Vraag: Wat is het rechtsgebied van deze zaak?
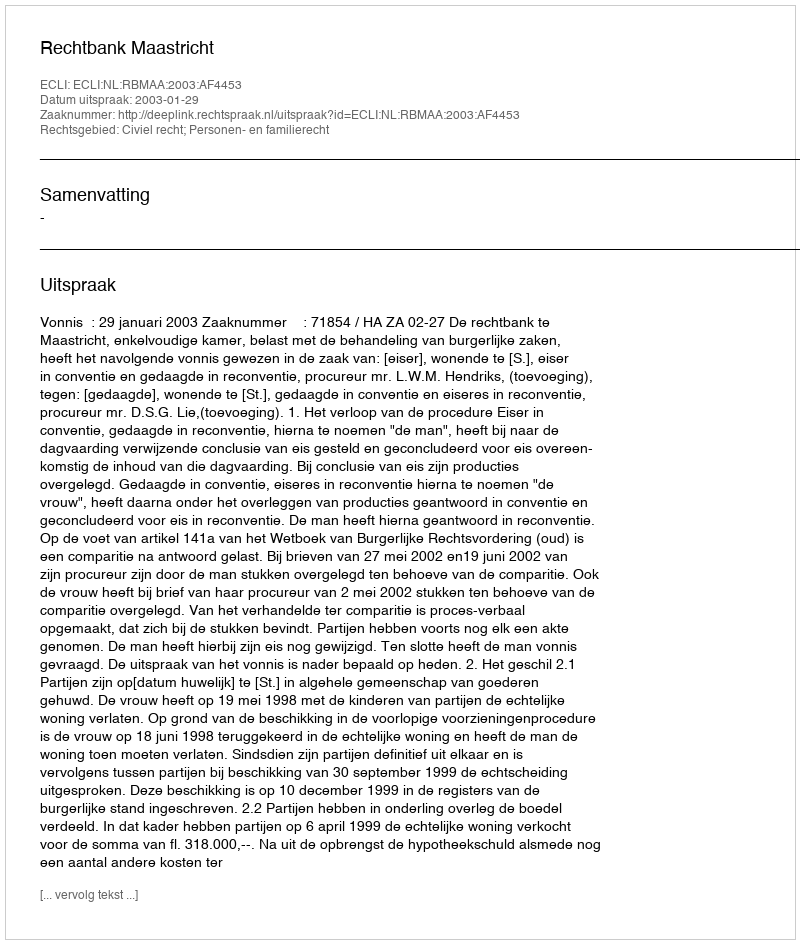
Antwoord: Civiel recht; Personen- en familierecht